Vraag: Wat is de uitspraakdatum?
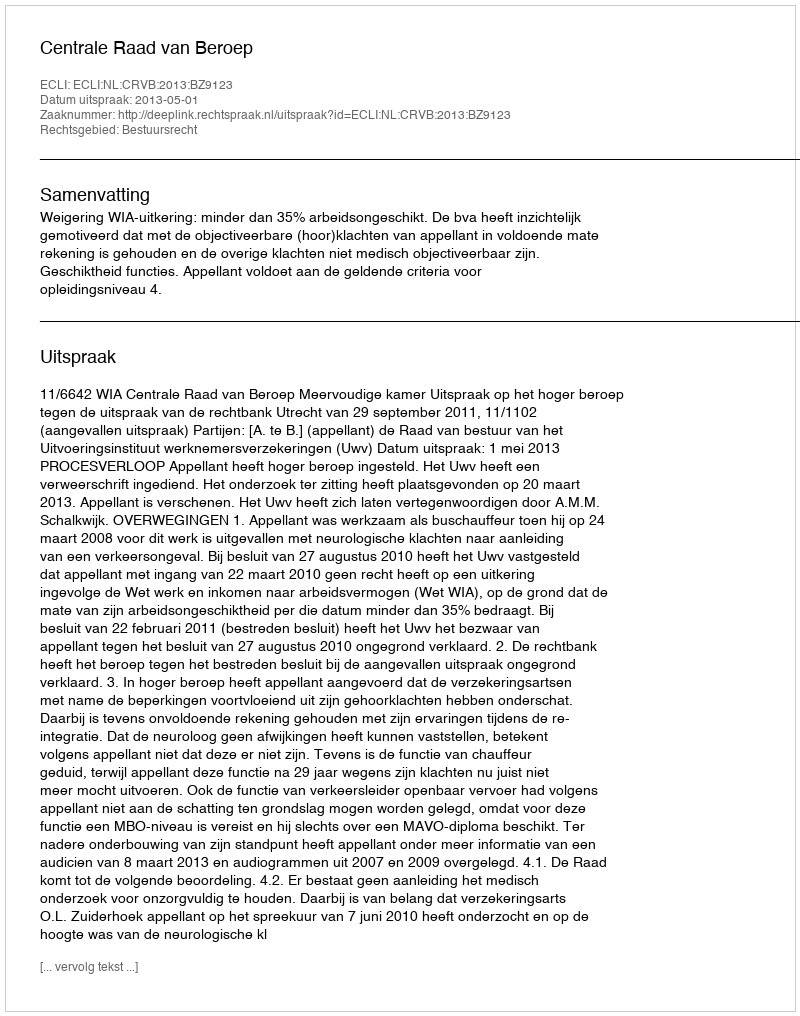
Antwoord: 2013-05-01